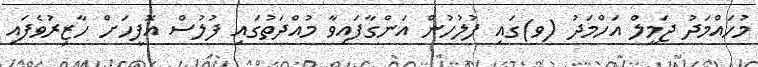
މުހައްމަދު ޖަމީލް އަހްމަދު (ވ)ގައި ފުލުހުން އަންގާފައިވާ މުއްދަތުގައި ފުލުސް އޮފީހަށް ހާޒިރުވެފައި